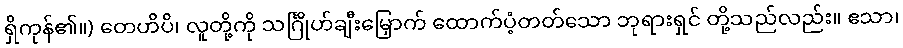
ရှိကုန်၏။) တေဟိပိ၊ လူတို့ကို သင်္ဂြိုဟ်ချီးမြှောက် ထောက်ပံ့တတ်သော ဘုရားရှင် တို့သည်လည်း။ ဧသာ၊